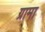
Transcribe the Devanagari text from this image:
ग्रामा